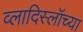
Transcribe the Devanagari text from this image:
व्लादिस्लॉच्या